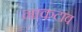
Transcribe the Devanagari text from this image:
नाकटाव